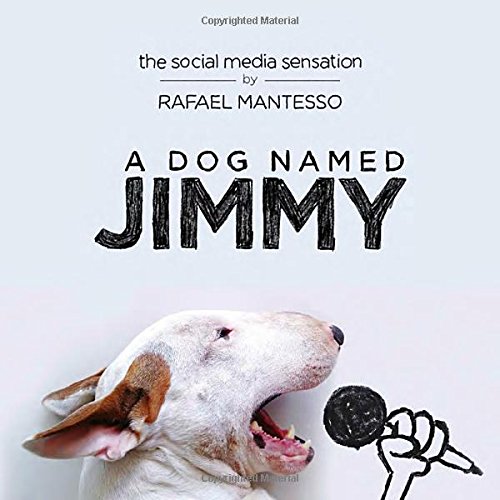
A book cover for A Dog Named Jimmy; Rafael Mantesso; Humor & Entertainment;